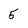
Character: 5